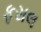
ફસલ